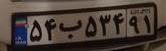
۵۴ب۵۳۴۹۱